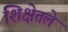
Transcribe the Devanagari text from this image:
शिक्षेतले